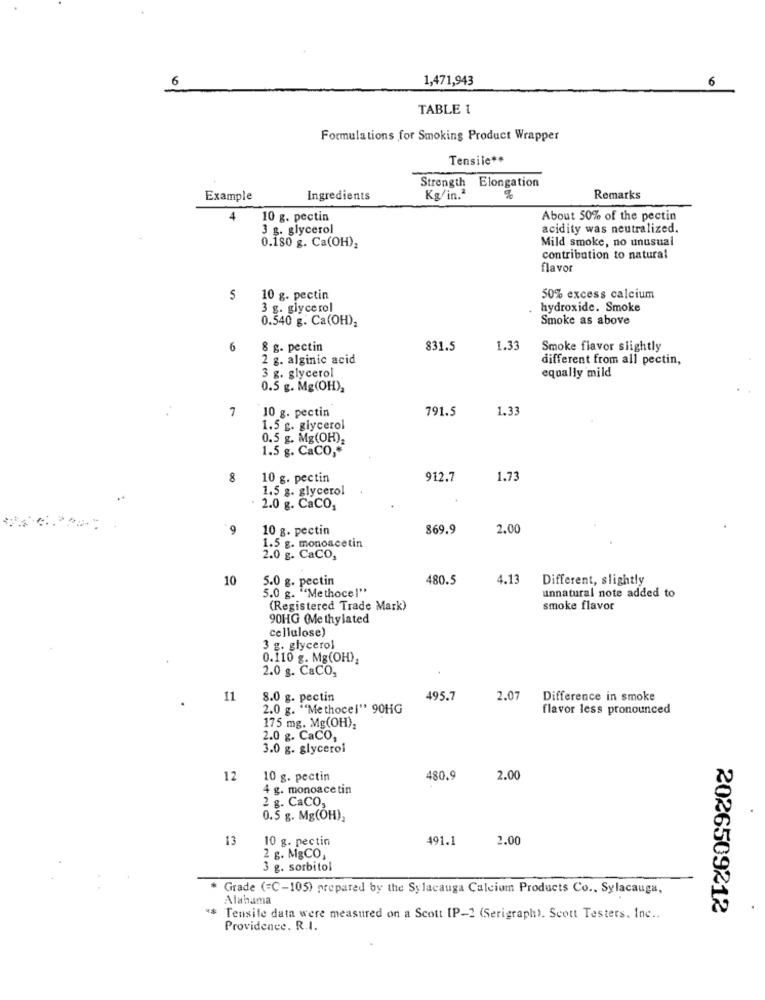
6
1,471,943
6
TABLE 1
Formulations for Smoking Product Wrapper
Tensile **
Strength Elongation
Example
Ingredients
Kg/in."
Remarks
4
10 g. pectin
About 50% of the pectin
3 g. glycerol
acidity was neutralized.
Mild smoke, no unusual
0.180 g. Ca(OH),
contribution to natural
flavor
S
10 g. pectin
50% excess calcium
3 g. glycerol
.
hydroxide. Smoke
0.540 g. Ca(OH),
Smoke as above
6
8 g. pectin
831.5
1.33
Smoke flavor slightly
2 g. alginic acid
different from all pectin,
3 g. glycerol
equally mild
0.5 g. Mg(OH),
7
10 g. pectin
791.5
1.33
1.5 g. glycerol
0.5 g. Mg(OH),
1.5 g. CaCO ,*
8
10 g. pectin
912.7
1.73
1.5 g. glycerol
2.0 g. CaCO,
9
10 g. pectin
869.9
2.00
1.5 g. monoacetin
2.0 g. CaCO,
10
5.0 g. pectin
480.5
4.13
Different, slightly
5.0 g. ""Methocel"
unnatural note added to
(Registered Trade Mark)
smoke flavor
90HG (Methylated
cellulose)
3 g. glycerol
0.110 g. Mg(OH);
2.0 g. CaCO,
11
8.0 g. pectin
495.7
2.07
Difference in smoke
2.0 g. ""Methocel" 90HG
flavor less pronounced
175 mg, Mg(OH),
2.0 g. CaCO,
3.0 g. glycerol
12
10 g. pectin
480.9
2.00
4 g. monoace tin
2 g. CaCO,
0.5 g. Mg(OH),
13
10 g. pectin
491.1
2.00
2 g. M&CO,
3 g. sorbitol
Grade (=C-105) prepared by the Sylacauga Calcium Products Co .. Sylacauga,
Alabama
2026509212
Tensile data were measured on a Scott IP-2 (Serigraph). Scott Testers. Inc ..
Providence. R.I.